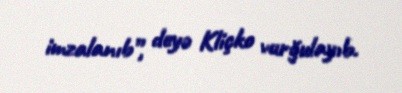
imzalanıb”, deyə Kliçko vurğulayıb.